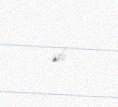
idi.